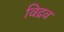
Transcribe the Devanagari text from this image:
विद्रव